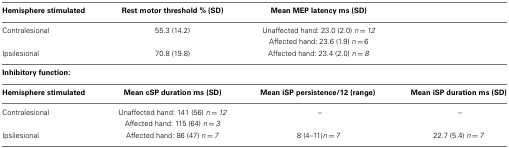
<table><thead><tr><td><b>Hemisphere stimulated</b></td><td><b>Rest motor threshold % (SD)</b></td><td><b>Mean MEP latency ms (SD)</b></td></tr></thead><tbody><tr><td>Contralesional</td><td>55.3 (14.2)</td><td>Unaffected hand: 23.0 (2.0) <i>n</i> = <i>12</i></td></tr><tr><td></td><td></td><td>Affected hand: 23.6 (1.9) <i>n</i> = 6</td></tr><tr><td>Ipsilesional</td><td>70.8 (19.8)</td><td>Affected hand: 23.4 (2.0) <i>n</i> = <i>8</i></td></tr><tr><td colspan="4"><b>Inhibitory function:</b></td></tr><tr><td><b>Hemisphere stimulated</b></td><td><b>Mean cSP duration ms (SD)</b></td><td><b>Mean iSP persistence/12 (range)</b></td><td><b>Mean iSP duration ms (SD)</b></td></tr><tr><td>Contralesional</td><td>Unaffected hand: 141 (56) <i>n</i> = <i>12</i></td><td>–</td><td>–</td></tr><tr><td></td><td>Affected hand: 115 (64) <i>n</i> = <i>3</i></td><td></td></tr><tr><td>Ipsilesional</td><td>Affected hand: 86 (47) <i>n</i> = <i>7</i></td><td>8 (4–11)<i>n</i> = <i>7</i></td><td>22.7 (5.4) <i>n</i> = <i>7</i></td></tr></tbody></table>